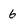
Character: 6